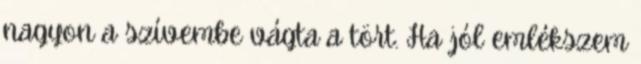
nagyon a szívembe vágta a tört. Ha jól emlékszem